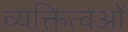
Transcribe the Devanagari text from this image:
व्यक्तित्वओं